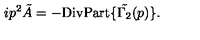
i p ^ { 2 } \tilde { A } = - \mathrm { D i v P a r t } \{ \tilde { \Gamma _ { 2 } } ( p ) \} .